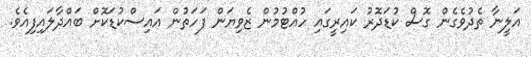
އަލީނާ ތެދުވެގެން ގޮސް ކުޑަދޮރު ކައިރީގައި ހުއްޓުމުން ޒެވިޔަން ފަހަތުން އައިސްކުޑަކޮށް ބައްދާލައިފިއެވެ.